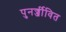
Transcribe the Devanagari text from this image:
पुनर्ज्जीवित